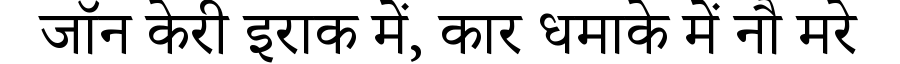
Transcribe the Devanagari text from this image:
जॉन केरी इराक में, कार धमाके में नौ मरे